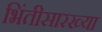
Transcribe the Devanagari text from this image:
भिंतीसारख्या